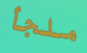
ملجأ